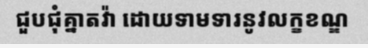
ជួបជុំគ្នាតវ៉ា ដោយទាមទារនូវលក្ខខណ្ឌ